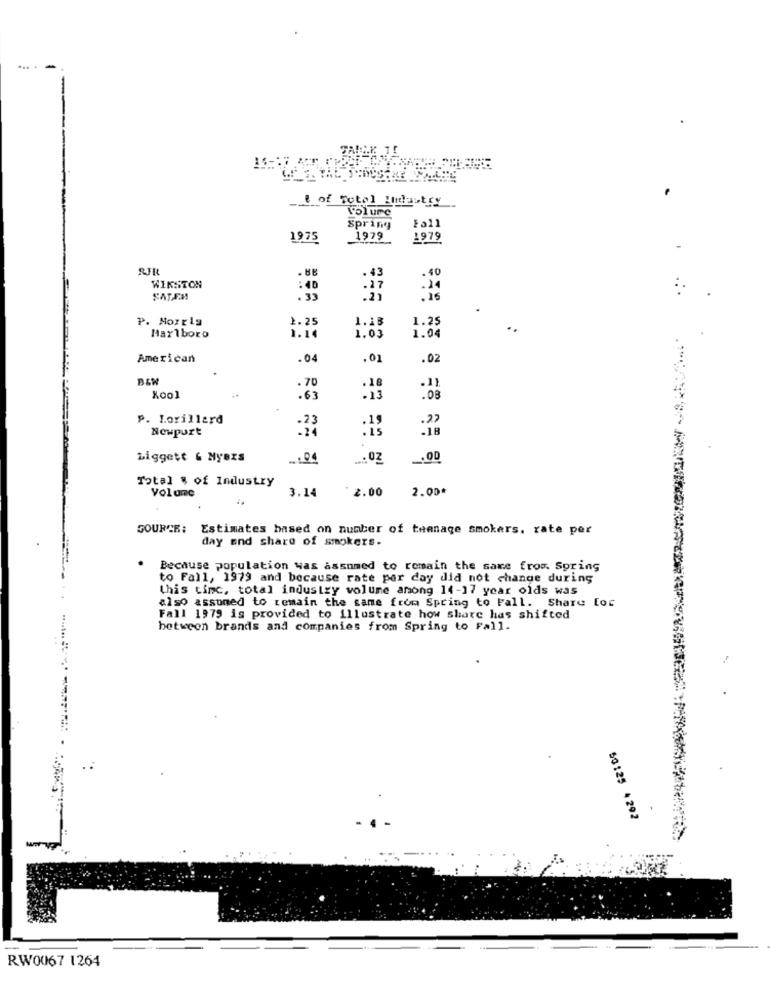
-
of Total Industry
Volume
Fall
Spring
1975
1979
1979
RIR
.43
.40
WINSTON
:40
.17
SATEM
. 33
.16
P. Morelg
1.25
1.25
1.15
1.04
Marlboro
1.05
American
.04
,01
.02
. 70
.18
Kool
. 63
.13
. 08
P. Lorillard
.27
Nowpurt
Liggett & Myers
... 02
.00
Total , of Industry
3.14
2.00
2.00*
Volume
SOURCE: Estimates based on number of teenage smokers. rate per
day and share of smokers.
.
Because population was assumed to remain the same from Spring
to Fall, 1979 and because rate per day did not change during
this tinc, total industry volume among 14-17 year olds was
also assumed to remain the came from Spring to Fall. Share for
Fall 1979 is provided to illustrate how share has shifted
between brands and companies from Spring to Fall.
50125 4 292
RW0067 1264